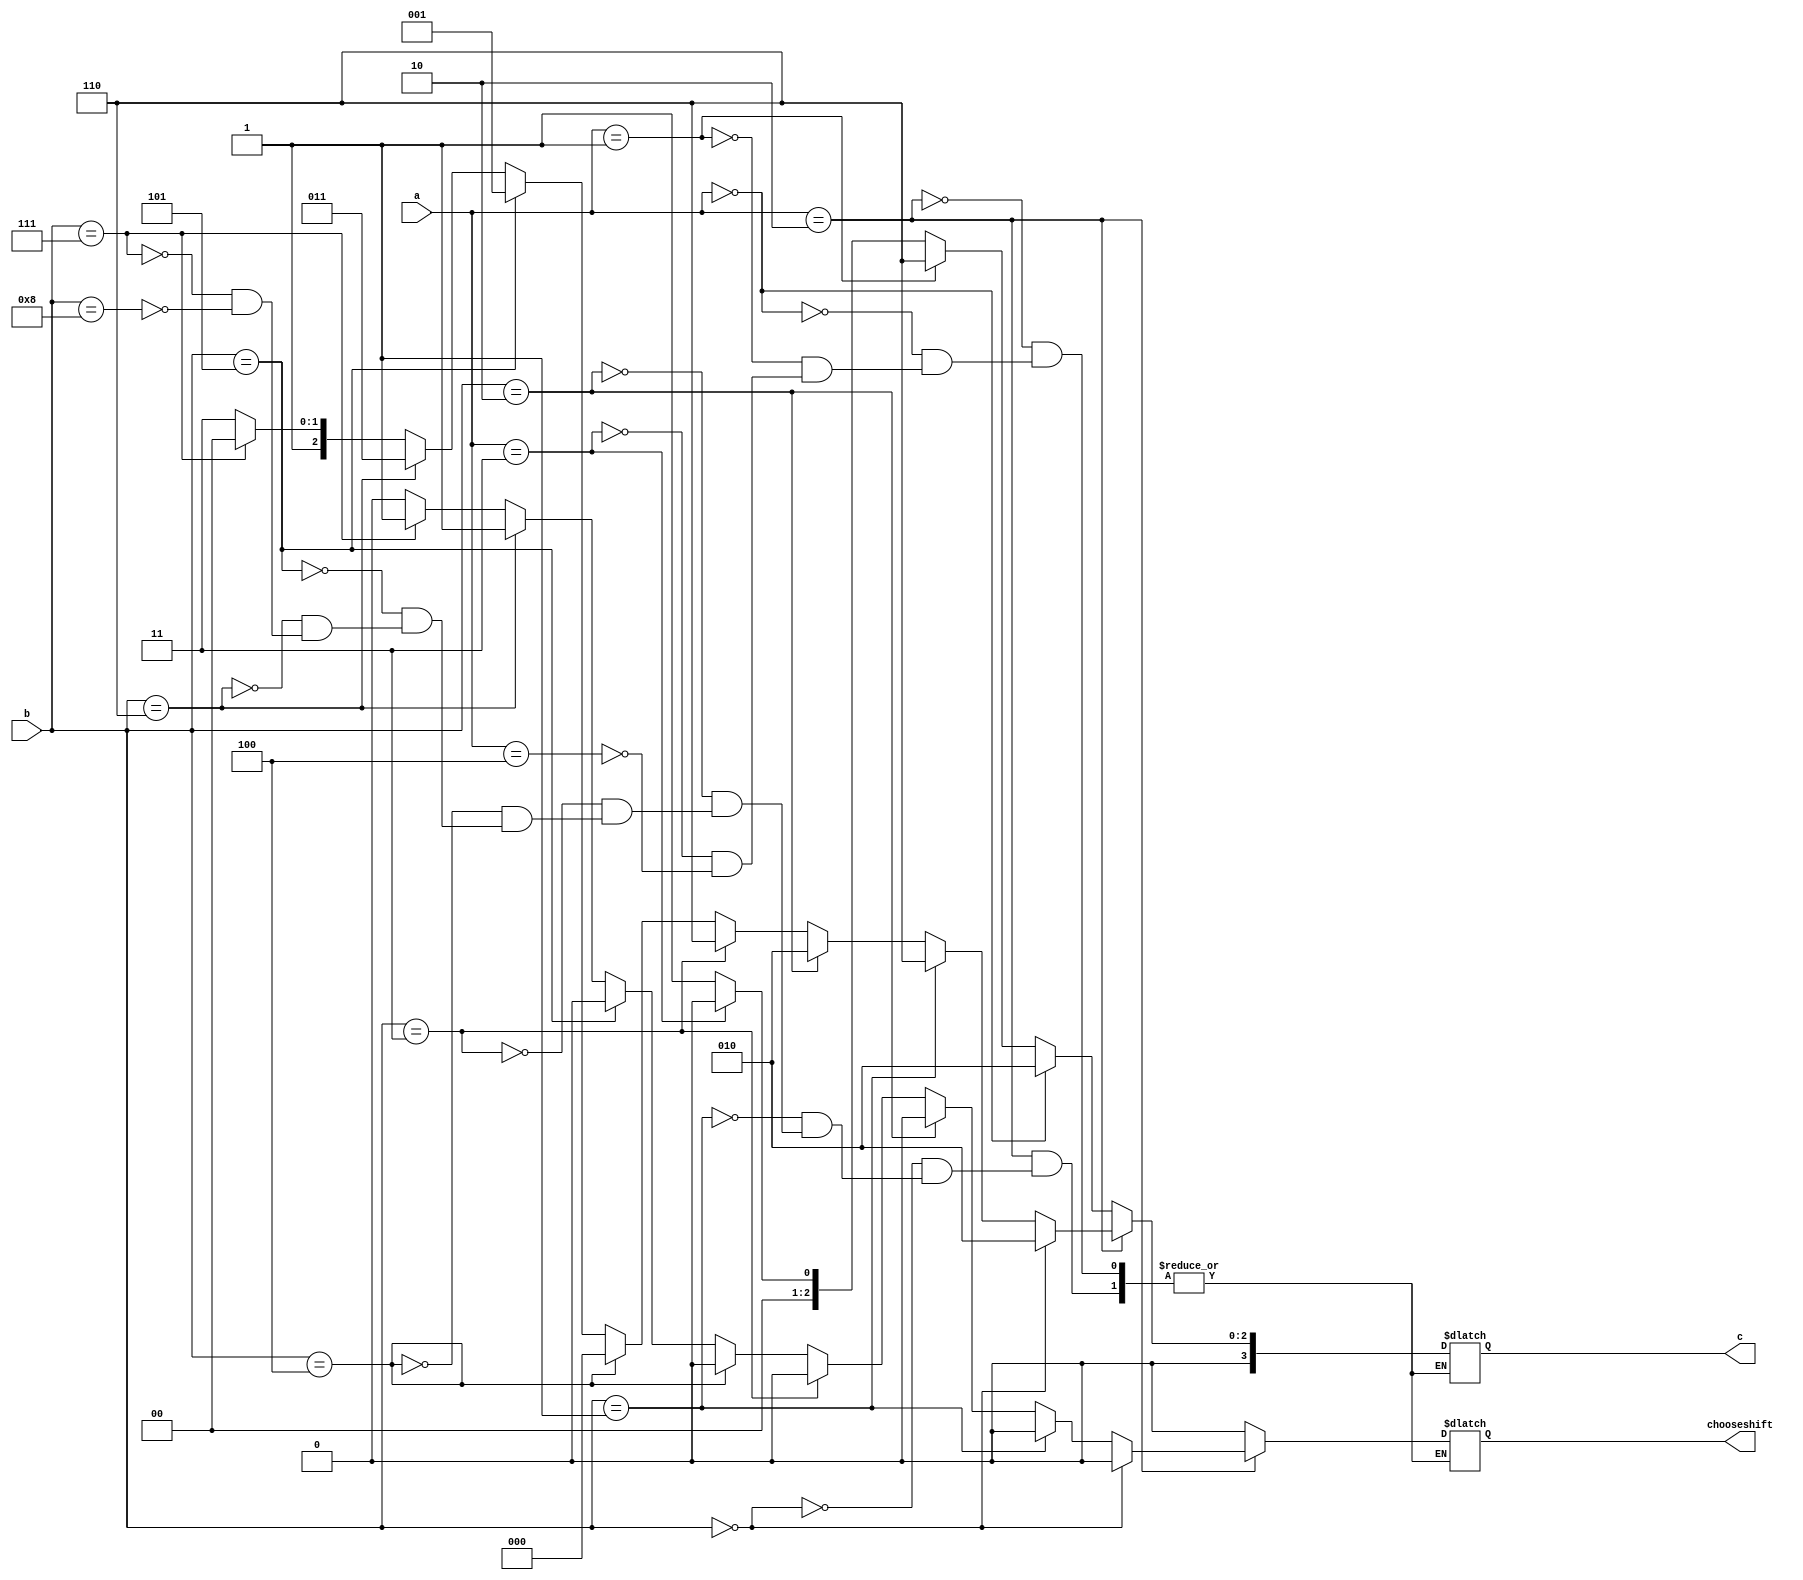
// Garvit Arora - 200372
// Apurb Agarwal - 200179
module alucontrol(
    input [2:0] a,
    input [5:0] b,
    output reg [3:0] c,
    output reg chooseshift
);

always @(*) begin
    if (a==2) begin
        if (b==0) begin
            c <= 4'b0010;
            chooseshift <= 1'b0;
        end
        else if (b==1) begin
            c <= 4'b0110;
            chooseshift <= 1'b0;
        end
        else if (b==2) begin
            c <= 4'b0010;
            chooseshift <= 1'b0;
        end
        else if (b==3) begin
            c <= 4'b0110;
            chooseshift <= 1'b0;
        end
        else if (b==4) begin
            c <= 4'b0000;
            chooseshift <= 1'b0;
        end
        else if (b==5) begin
            c <= 4'b0001;
            chooseshift <= 1'b0;
        end
        else if (b==6) begin
            c <= 4'b0011;
            chooseshift <= 1'b1;
        end
        else if (b==7) begin
            c <= 4'b0100;
            chooseshift <= 1'b1;
        end
        else if (b==8) begin
            c <= 4'b0111;
            chooseshift <= 1'b0;
        end
    end
    else if (a==0) begin
        c <= 4'b0010;
        chooseshift <= 1'b0;
    end
    else if (a==1) begin
        c <= 4'b0110;
        chooseshift <= 1'b0;
    end
    else if (a==3) begin
        c <= 4'b0000;
        chooseshift <= 1'b0;
    end
    else if (a==4) begin
        c <= 4'b0001;
        chooseshift <= 1'b0;
    end
end


endmodule